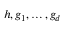
h , g _ { 1 } , \ldots , g _ { d }